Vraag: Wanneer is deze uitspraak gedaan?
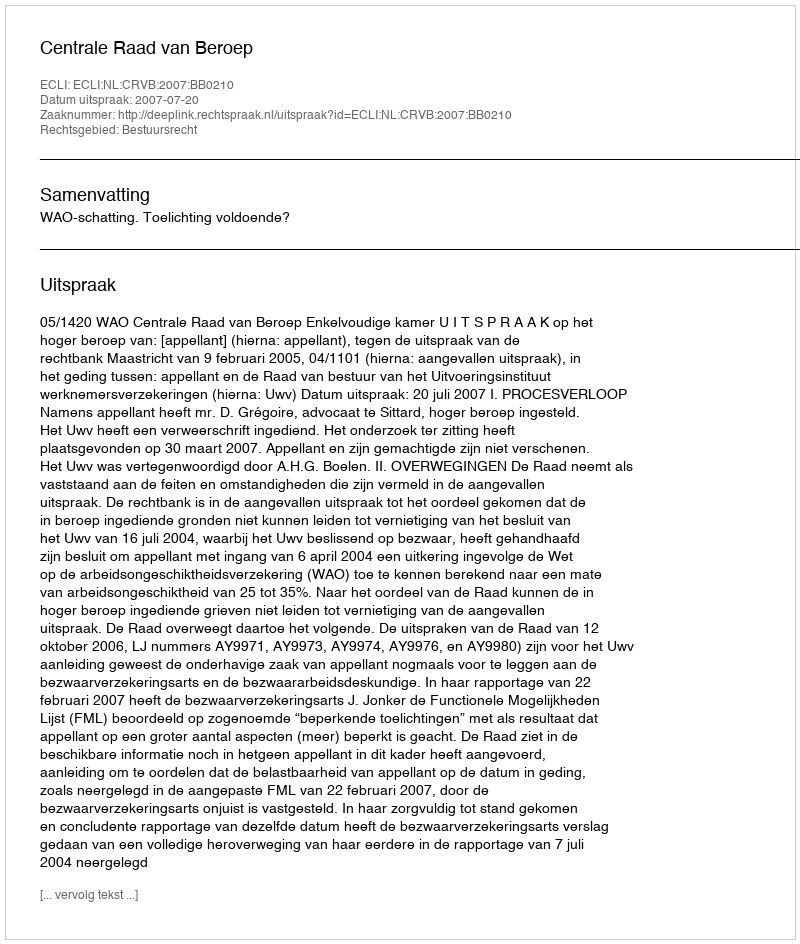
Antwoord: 2007-07-20